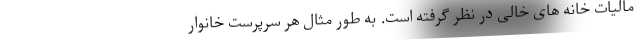
مالیات خانه های خالی در نظر گرفته است. به طور مثال هر سرپرست خانوار